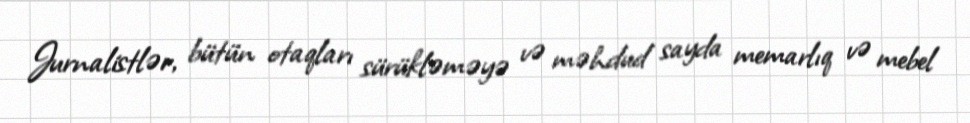
Jurnalistlər, bütün otaqları sürükləməyə və məhdud sayda memarlıq və mebel